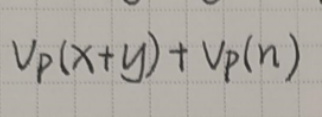
\[
v_p(x + y)+v_p(n)
\]